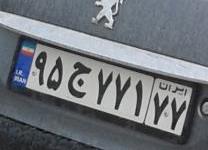
۹۵ج۷۷۱۷۷